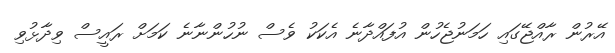
އޭރުން ރާއްޖޭގައި ހަމަނުޖެހުން އުފައްދާނެ އެކަކު ވެސް ނުހުންނާނެ ކަމަށް ރައީސް ވިދާޅުވި